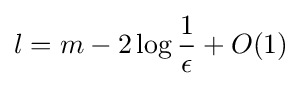
l=m-2\log {\frac {1}{\epsilon }}+O(1)